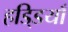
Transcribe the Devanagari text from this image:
हडि्डयाँ